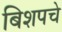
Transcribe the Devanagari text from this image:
बिशपचे